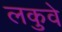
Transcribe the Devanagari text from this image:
लकुवे